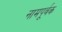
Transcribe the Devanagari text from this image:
नामपूर्वक